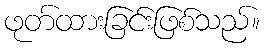
ဖုတ်ထားခြင်းဖြစ်သည်။